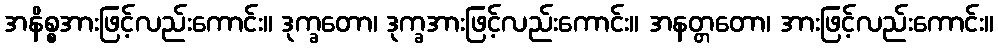
အနိစ္စအားဖြင့်လည်းကောင်း။ ဒုက္ခတော၊ ဒုက္ခအားဖြင့်လည်းကောင်း။ အနတ္တတော၊ အားဖြင့်လည်းကောင်း။